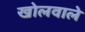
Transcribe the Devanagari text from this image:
खोलवाले